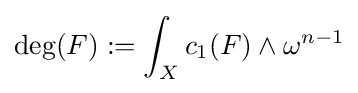
\operatorname {deg} (F):=\int _{X}c_{1}(F)\wedge \omega ^{n-1}